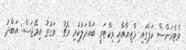
ވެޓެރަންސް ކަޕްގައި މާޒިޔާއާއި ވިކްޓަރީ ބައްދަލުކުރި މެޗު  ވަގުތު އިމޭޖަސް: އަބްދު